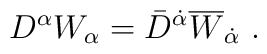
D^\alpha W_\alpha = \bar D^{\dot\alpha} \overline    W_{\dot\alpha}~.